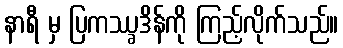
နာရီ မှ ပြကဿ္ခဒိန်ကို ကြည့်လိုက်သည်။